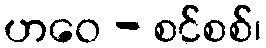
ဟဝေ - စင်စစ်၊